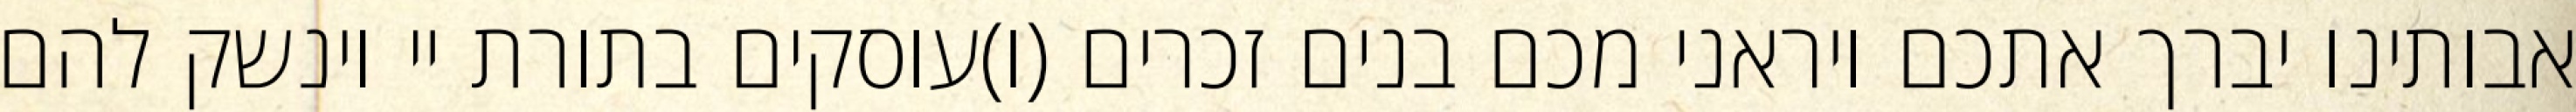
אבותינו יברך אתכם ויראני מכם בנים זכרים (ו)עוסקים בתורת יי וינשק להם